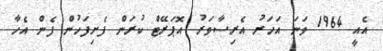
އެއީ 1964 ވަނަ އަހަރު އެރިސާވަރު އޮޕަރޭޓް ކުރަން ފެށިފަހުން ފެން އެހާ